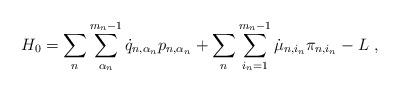
LaTeX: \begin{align*}H_0=\sum_n\sum_{\alpha_n}^{m_n-1}\dot{q}_{n,\alpha_n}p_{n,\alpha_n}+\sum_n\sum_{i_n=1}^{m_n-1}\dot{\mu}_{n,i_n}\pi_{n,i_n}-L\ ,\end{align*}